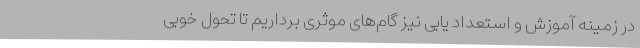
در زمینه آموزش و استعداد یابی نیز گام‌های موثری برداریم تا تحول خوبی